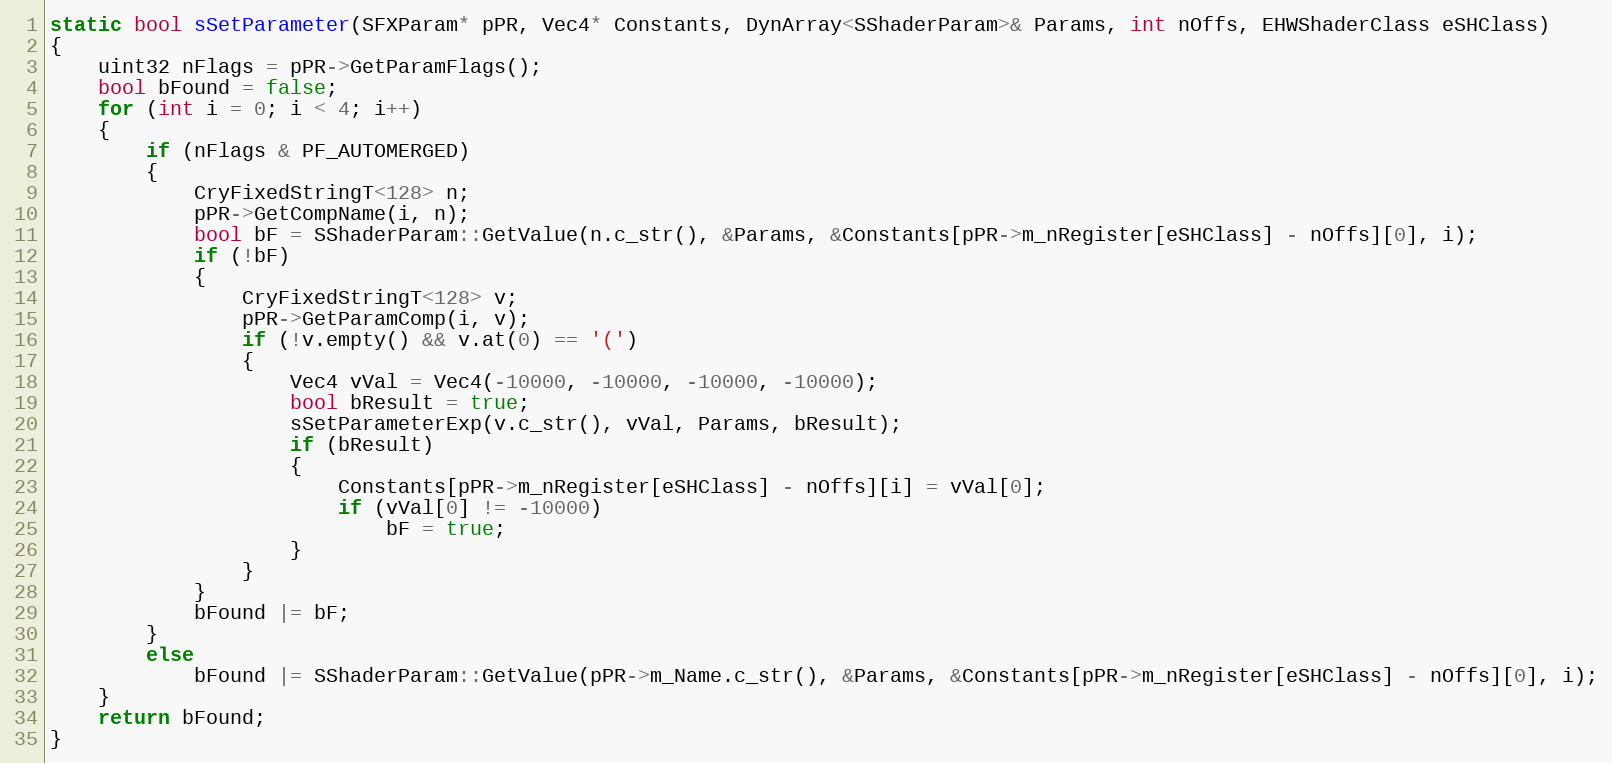
Language: C++
static bool sSetParameter(SFXParam* pPR, Vec4* Constants, DynArray<SShaderParam>& Params, int nOffs, EHWShaderClass eSHClass)
{
	uint32 nFlags = pPR->GetParamFlags();
	bool bFound = false;
	for (int i = 0; i < 4; i++)
	{
		if (nFlags & PF_AUTOMERGED)
		{
			CryFixedStringT<128> n;
			pPR->GetCompName(i, n);
			bool bF = SShaderParam::GetValue(n.c_str(), &Params, &Constants[pPR->m_nRegister[eSHClass] - nOffs][0], i);
			if (!bF)
			{
				CryFixedStringT<128> v;
				pPR->GetParamComp(i, v);
				if (!v.empty() && v.at(0) == '(')
				{
					Vec4 vVal = Vec4(-10000, -10000, -10000, -10000);
					bool bResult = true;
					sSetParameterExp(v.c_str(), vVal, Params, bResult);
					if (bResult)
					{
						Constants[pPR->m_nRegister[eSHClass] - nOffs][i] = vVal[0];
						if (vVal[0] != -10000)
							bF = true;
					}
				}
			}
			bFound |= bF;
		}
		else
			bFound |= SShaderParam::GetValue(pPR->m_Name.c_str(), &Params, &Constants[pPR->m_nRegister[eSHClass] - nOffs][0], i);
	}
	return bFound;
}